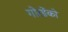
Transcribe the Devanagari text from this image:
गोरडेंको